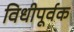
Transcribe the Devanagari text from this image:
विधीपूर्वक